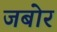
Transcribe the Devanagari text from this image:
जबोर